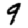
Digit: 9